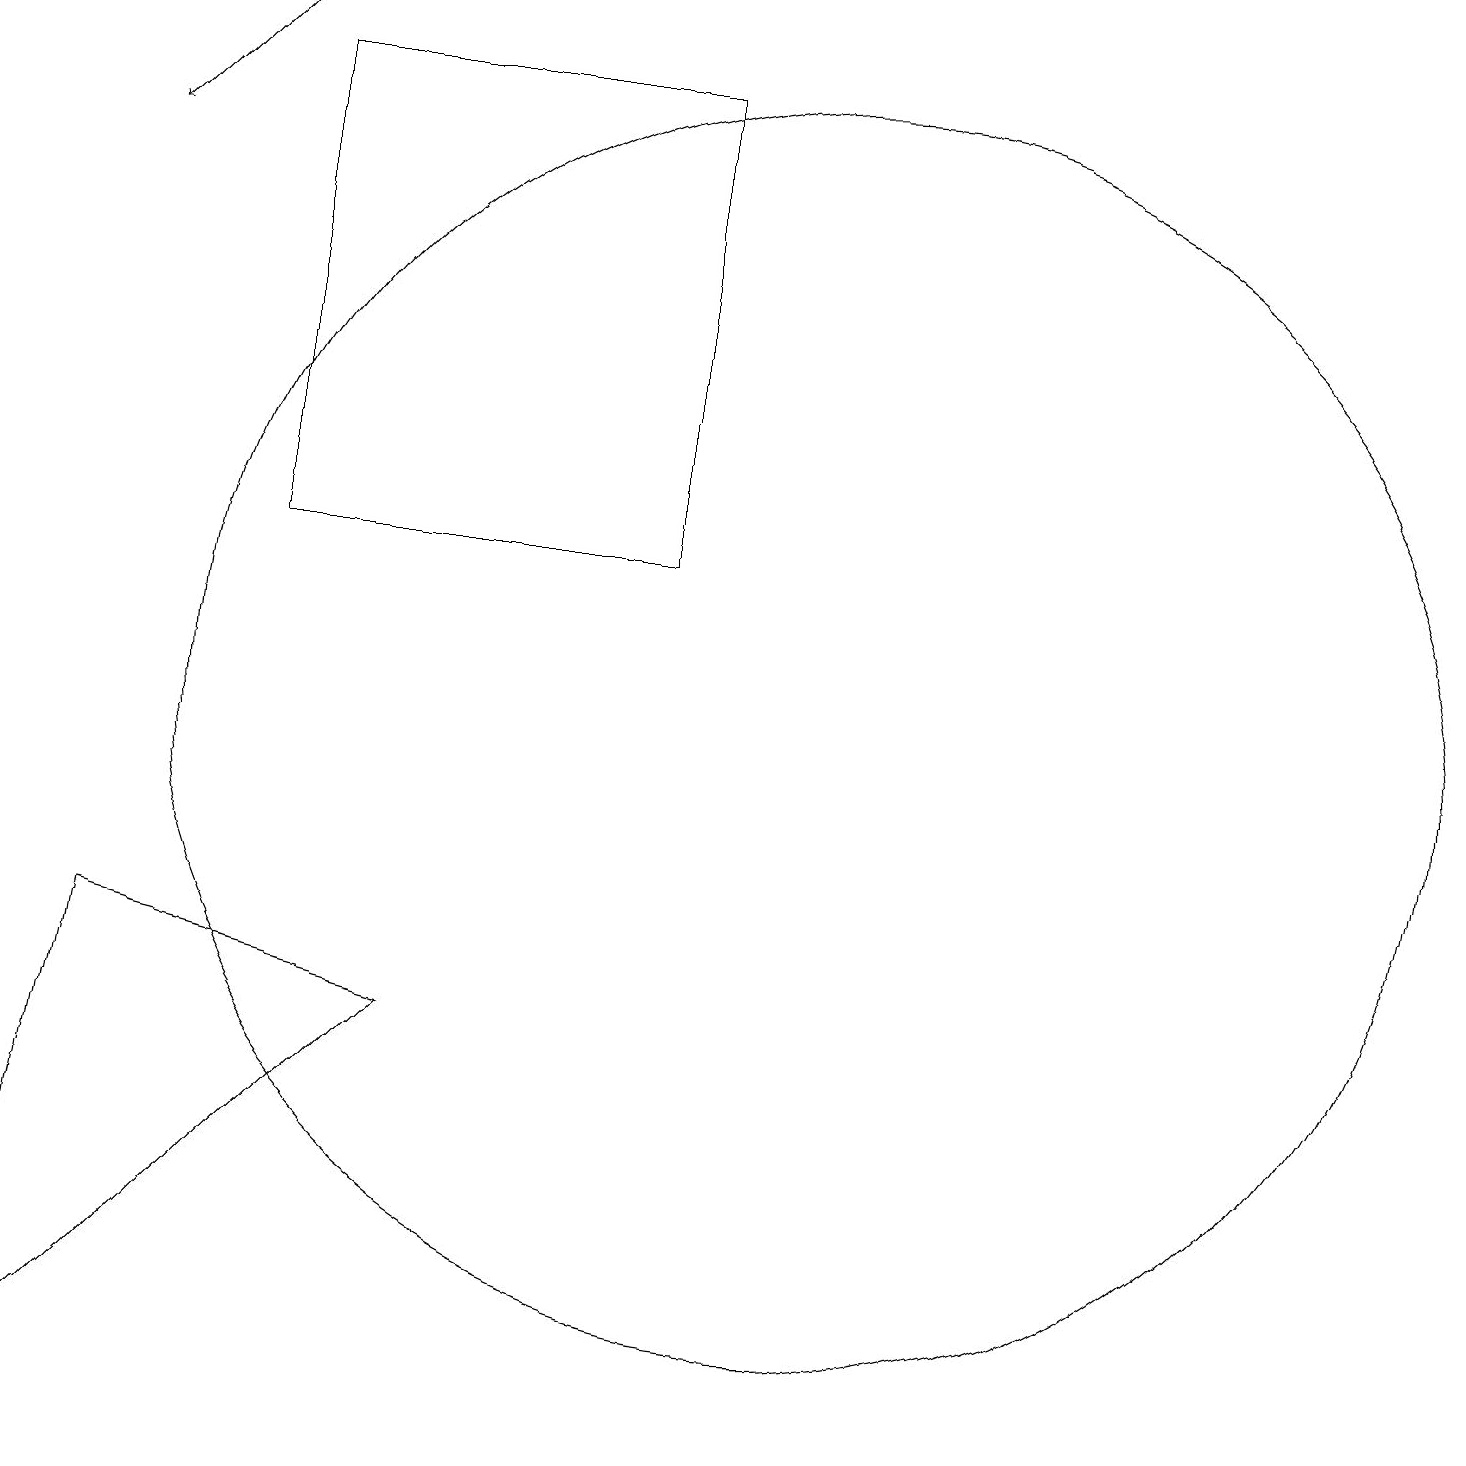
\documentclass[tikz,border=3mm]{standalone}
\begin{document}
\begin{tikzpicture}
\draw (0,1) -- (1,7) -- (5,6) -- cycle;
\draw (10,10) circle (8);
\draw[->] (3,19) -- (1,17);
\draw (8,12) rectangle (3,18);
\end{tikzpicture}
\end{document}